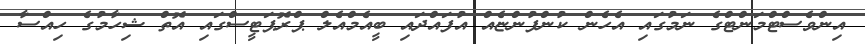
އިންވެސްޓްމަންޓްގެ ނަމުގައި އެހެން ކުންފުންޏެއް އުފައްދައި ބީއެމްއެލް ޕްރޮޕަޓީސްގައި އޮތް ޝިހާމުގެ ހިއްސާ